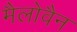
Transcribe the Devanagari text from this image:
मैलोवैन